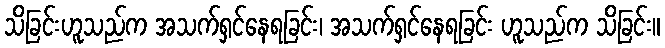
သိခြင်းဟူသည်က အသက်ရှင်နေရခြင်း၊ အသက်ရှင်နေရခြင်း ဟူသည်က သိခြင်း။